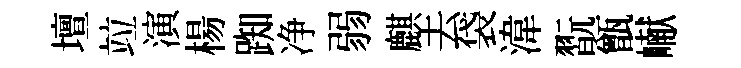
壇竝演楊踟净弱麒去袋湋翫甑𪩘